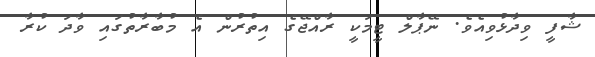
ޝާފީ ވިދާޅުވިއެވެ. ނޭޕާލް ޓީމަކީ ރާއްޖޭގެ އިތުރުން އެ މުބާރާތުގައި ވާދަ ކުރާ